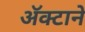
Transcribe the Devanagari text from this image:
अॅक्टाने